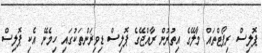
ޕޮލިސް ރިޕޯޓްތައް މާލޭގެ އިތުރުން ރާއްޖޭގެ ޕޮލިސް ޑިވިޜަންތަކުގައި ހިމެނޭ އެކި ޕޮލިސް